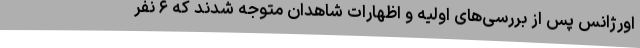
اورژانس پس از بررسی‌های اولیه و اظهارات شاهدان متوجه شدند که ۶ نفر